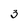
Character: 3